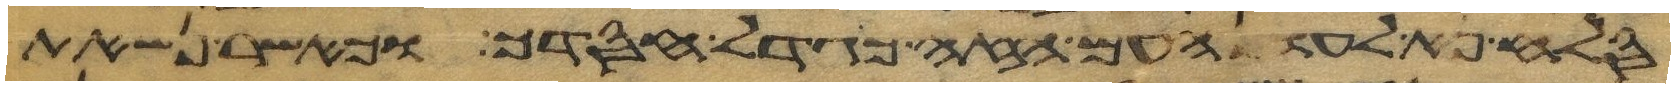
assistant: סלח נא לעון העם הזה כגדל חסדך וכאשר נשאת